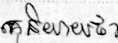
គេនិយាយថា